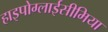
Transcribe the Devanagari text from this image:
हाइपोग्लाईसीमिया